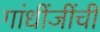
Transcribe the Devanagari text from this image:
गांधींजींची